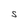
Character: S